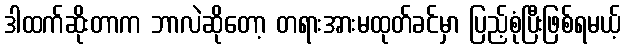
ဒါထက်ဆိုးတာက ဘာလဲဆိုတော့ တရားအားမထုတ်ခင်မှာ ပြည့်စုံပြီးဖြစ်ရမယ့်